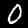
Label: 0